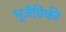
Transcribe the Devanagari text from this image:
भूजैविकी